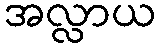
အလ္လာယ